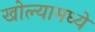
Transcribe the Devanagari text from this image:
खोल्यामध्ये